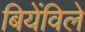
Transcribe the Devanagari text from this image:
बियेंविले